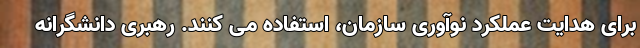
برای هدایت عملکرد نوآوری سازمان، استفاده می کنند. رهبری دانشگرانه